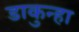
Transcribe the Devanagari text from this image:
डाकुन्हा